Medical and sanitary report of the native army of Bengal for the year
Year: 1875
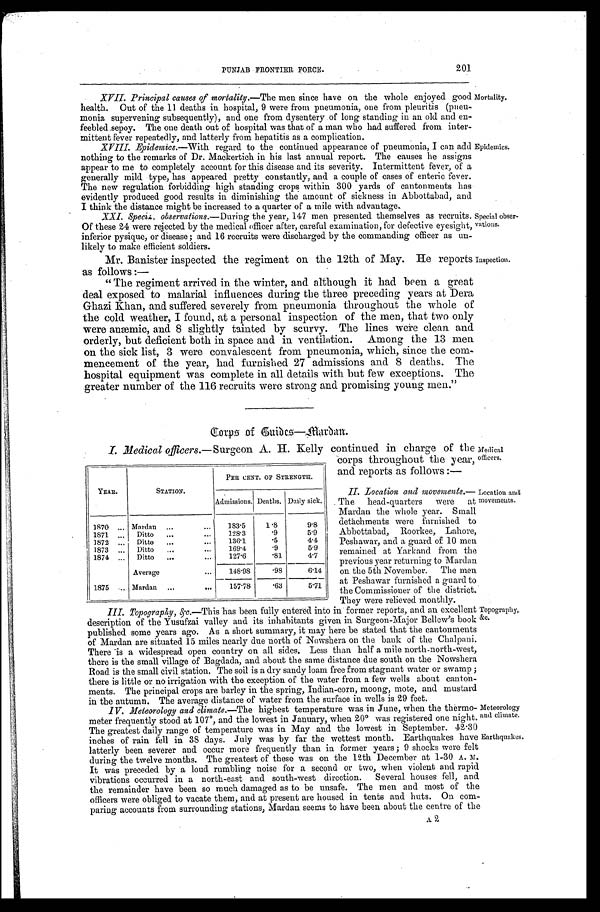
PUNJAB FRONTIER FORCE.
201
XVII. Principal causes of mortality. —The men since have on the whole enjoyed good
health. Out of the 11 deaths in hospital, 9 were from pneumonia, one from pleuritis (pneu-
monia supervening subsequently), and one from dysentery of long standing in an old and en-
feebled sepoy. The one death out of hospital was that of a man who had suffered from inter-
mittent fever repeatedly, and latterly from hepatitis as a complication.
_
_
XVIII.
Epidemics.—With regard to the continued appearance of pneumonia, I can add
nothing to the remarks of Dr. Mackertich in his last annual report. The causes he assigns
appear to me to completely account for this disease and its severity. Intermittent fever, of a
generally mild type, has appeared pretty constantly, and a couple of cases of enteric fever.
The new regulation forbidding high standing crops within 300 yards of cantonments has
evidently produced good results in diminishing the amount of sickness in Abbottabad, and
I think the distance might be increased to a quarter of a mile with advantage.
Mortality.
Epidemics.
XXI. Special observations. —During the year, 147 men presented themselves as recruits.
Of these 24 were rejected by the medical officer after, careful examination, for defective eyesight,
inferior pysique, or disease; and 16 recruits were discharged by the commanding officer as un-
likely to make efficient soldiers.
Mr. Banister inspected the regiment on the 12th of May. He reports
as follows:—
"The regiment arrived in the winter, and although it had been a great
deal exposed to malarial influences during the three preceding years at Dera
Ghazi Khan, and suffered severely from pneumonia throughout the whole of
the cold weather, I found, at a personal inspection of the men, that two only
were anæmic, and 8 slightly tainted by scurvy. The lines were clean and
orderly, but deficient both in space and in ventilation. Among the 13 men
on the sick list, 3 were convalescent from pneumonia, which, since the com-
mencement of the year, had furnished 27 admissions and 8 deaths. The
hospital equipment was complete in all details with but few exceptions. The
greater number of the 116 recruits were strong and promising young men."
Special obser-
vations.
Inspection.
C o r p s o f G u i d e s — M a r d a n .
I. Medical officers. —Surgeon A. H. Kelly continued in charge of the
corps throughout the year,
and reports as follows:—
II. Location and movements.
— T h e h e a d - q u a r t e r s w e r e a t
Mardan the whole year. Small
detachments were furnished to
Abbottabad, Roorkee, Lahore,
Peshawar, and a guard of 10 men
remained at Yarkand from the
previous year returning to Mardan
on the 5th November. The men
at Peshawar furnished a guard to
the Commissioner of the district.
They were relieved monthly.
III. Topography, &c. —This has been fully entered into in former reports, and an excellent
description of the Yusufzai valley and its inhabitants given in Surgeon-Major Bellew's book
published some years ago. As a short summary, it may here be stated that the cantonments
of Mardan are situated 15 miles nearly due north of Nowshera on the bank of the Chalpani.
There is a widespread open country on all sides. Less than half a mile north-north-west,
there is the small village of Bagdada, and about the same distance due south on the Nowshera
Road is the small civil station. The soil is a dry sandy loam free from stagnant water or swamp;
there is little or no irrigation with the exception of the water from a few wells about canton-
ments. The principal crops are barley in the spring, Indian-corn, moong, mote, and mustard
in the autumn. The average distance of water from the surface in wells is 29 feet.
YEAR.
STATION.
PER CENT. OF STRENGTH.
Admissions. Deaths. Daily sick.
1870
Mardan
183.5
1.8
9.8
1871 Ditto
128.3
. 9 5.9
1872 Ditto
136.1
. 5 4.4
1873
Ditto
169.4
. 9 5.9
1874
Ditto
127.6
. 8 1 4.7
Average
148.98
. 9 8 6.14
1875
Mardan
157.78
. 6 3 5.71
Medical
officers.
Location and
movements.
Topography,.
&c.
Meteorology
and climate.
Earthquakes.
IV. Meteorology and climate. —The highest temperature was in J une, when the thermo-
meter frequently stood at 107°, and the lowest in January, when 20° was registered one night.
The greatest daily range of temperature was in May and the lowest in September. 42.30
inches of rain fell in 38 days. July was by far the wettest month. Earthquakes have
latterly been severer and occur more frequently than in former years; 9 shocks were felt
during the twelve months. The greatest of these was on the 12th December at 1-30 A. M.
It was preceded by a loud rumbling noise for a second or two, when violent and rapid
vibrations occurred in a north-east and south-west direction. Several houses fell, and
the remainder have been so much damaged as to be unsafe. The men and most of the
officers were obliged to vacate them, and at present are housed in tents and huts. On com-
paring accounts from surrounding stations, Mardan seems to have been about the centre of the
A 2.